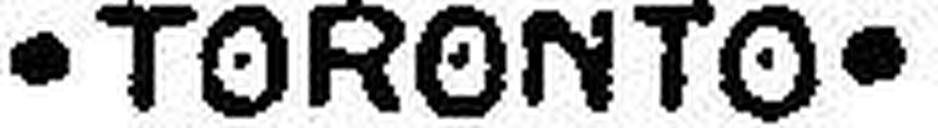
· TORONTO ·